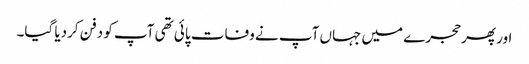
اور پھر حجرے میں جہاں آپ نے وفات پائی تھی آپ کو دفن کردیا گیا۔